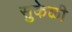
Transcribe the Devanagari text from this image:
सुकेळी